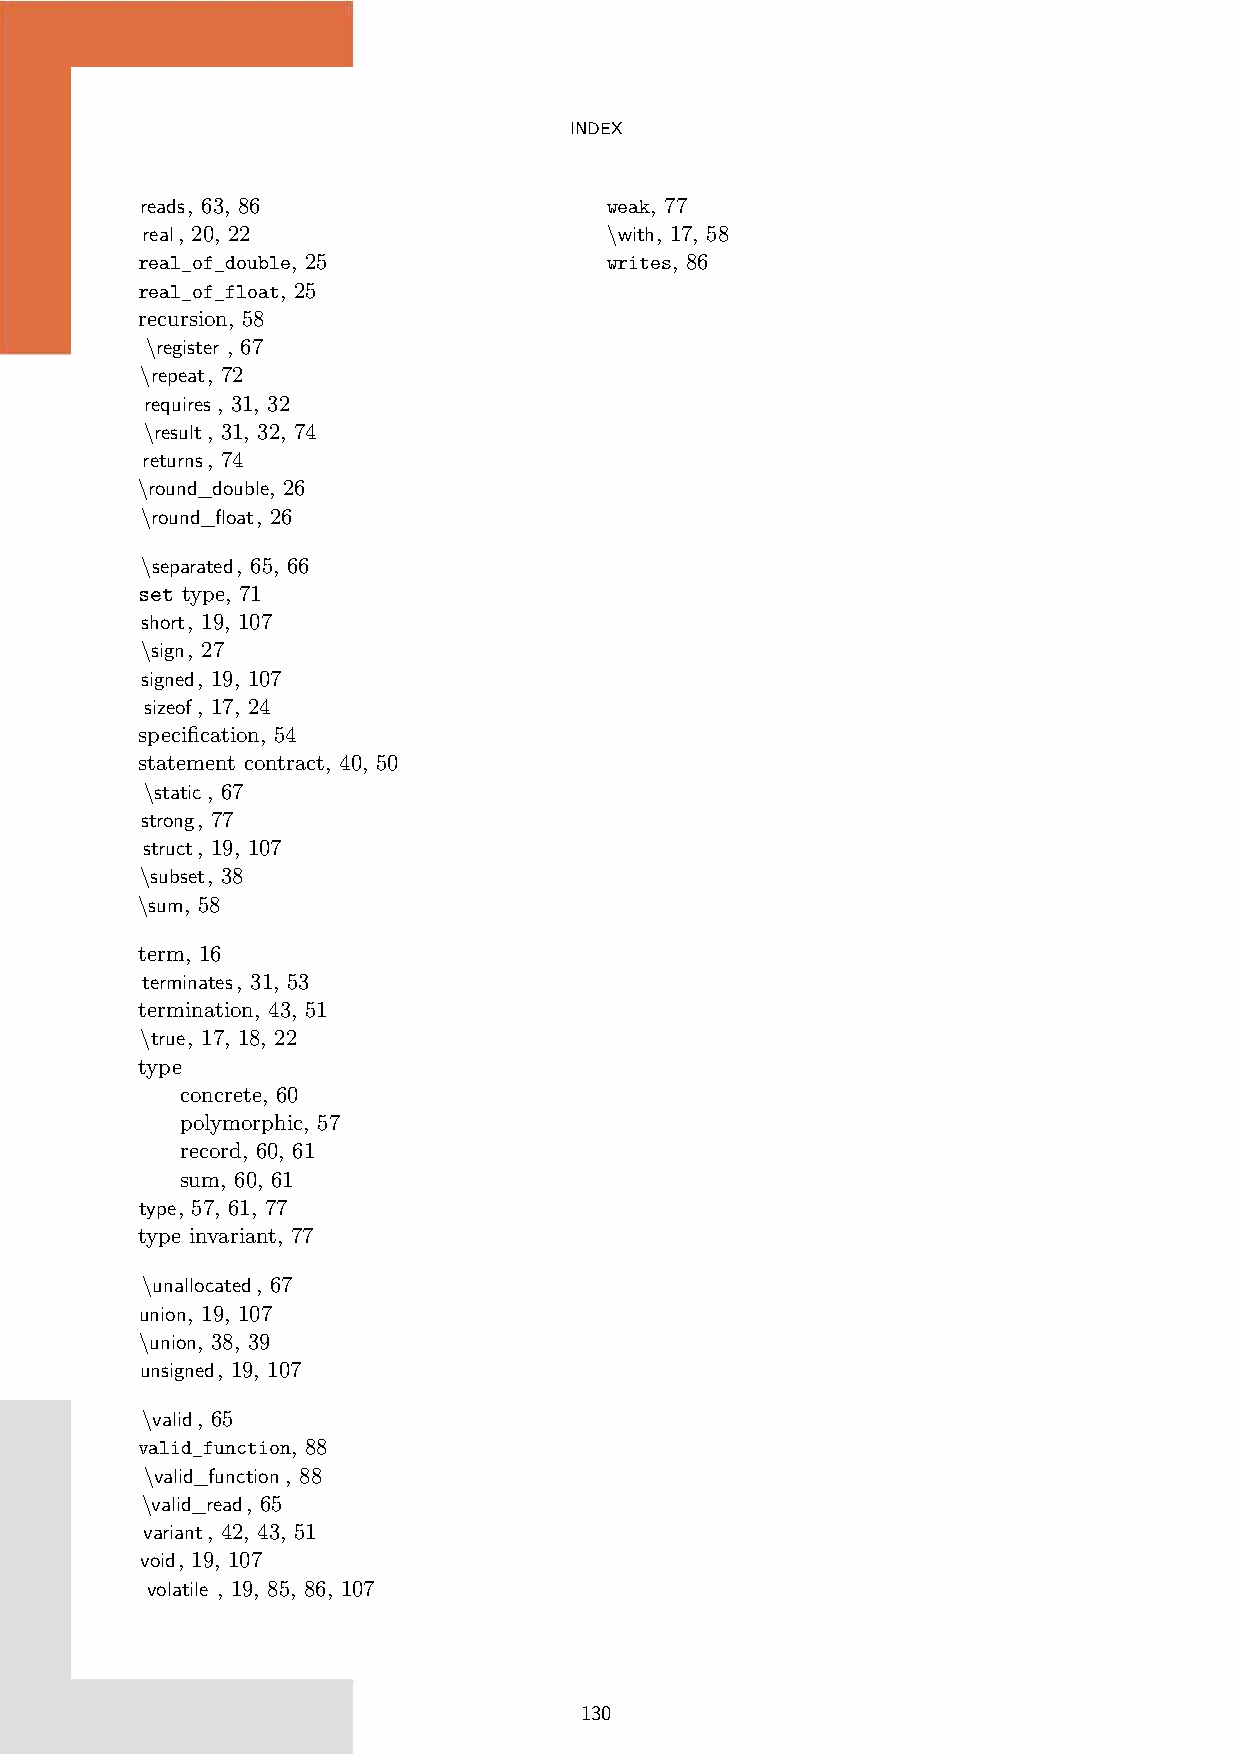
INDEX
 reads, 63, 86                  weak, 77
 real, 20, 22                   \with, 17, 58
 real_of_double, 25             writes, 86
 real_of_float, 25
 recursion, 58
 \register , 67
 \repeat, 72
 requires, 31, 32
 \result, 31, 32, 74
 returns, 74
 \round_double, 26
 \round_float, 26
 \separated, 65, 66
 set type, 71
 short, 19, 107
 \sign, 27
 signed, 19, 107
 sizeof, 17, 24
 specification, 54
 statement contract, 40, 50
 \static, 67
 strong, 77
 struct, 19, 107
 \subset, 38
 \sum, 58
 term, 16
 terminates, 31, 53
 termination, 43, 51
 \true, 17, 18, 22
 type
 concrete, 60
 polymorphic, 57
 record, 60, 61
 sum, 60, 61
 type, 57, 61, 77
 type invariant, 77
 \unallocated, 67
 union, 19, 107
 \union, 38, 39
 unsigned, 19, 107
 \valid, 65
 valid_function, 88
 \valid_function, 88
 \valid_read, 65
 variant, 42, 43, 51
 void, 19, 107
 volatile , 19, 85, 86, 107
 130